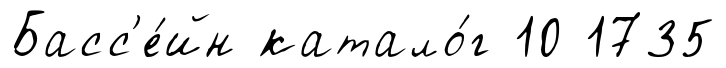
Басс'е́йн катало́г 10 1735